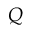
Q